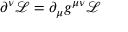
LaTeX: \partial ^ { \nu } { \mathcal { L } } = \partial _ { \mu } g ^ { \mu \nu } { \mathcal { L } }